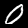
Digit: 0